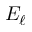
E _ { \ell }